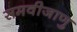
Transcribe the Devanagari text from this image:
समवीजाणु